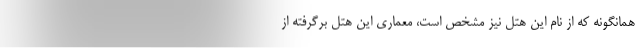
همانگونه که از نام این هتل نیز مشخص است، معماری این هتل برگرفته از